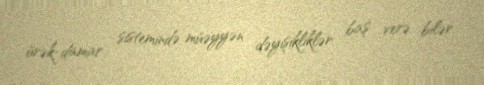
ürək-damar sistemində müəyyən dəyişikliklər baş verə bilər.